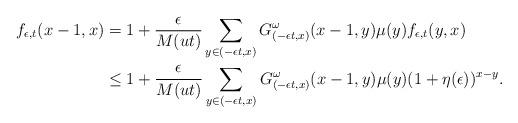
LaTeX: \begin{align*}f_{\epsilon,t}(x-1,x)&= 1+ \frac{\epsilon }{M(ut)} \sum_{y\in (-\epsilon t,x)} G^\omega_{(-\epsilon t,x)}(x-1,y)\mu(y) f_{\epsilon,t}(y,x)\\&\le 1+ \frac{\epsilon }{M(ut)} \sum_{y\in (-\epsilon t,x)} G^\omega_{(-\epsilon t,x)}(x-1,y)\mu(y) (1+\eta(\epsilon))^{x-y}.\end{align*}